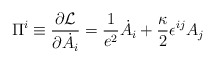
\begin{align*}\Pi^i\equiv {\partial {\cal L}\over \partial \dot{A_i}}=\frac{1}{e^2}\dot{A}_i+\frac{\kappa}{2}\epsilon^{ij}A_j\end{align*}